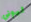
ليوني